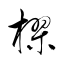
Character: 樛